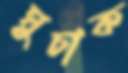
ঘুচাক